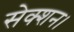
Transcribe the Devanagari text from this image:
सेक्शन।